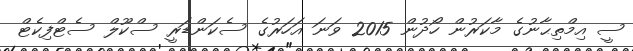
ސީ އިމްތިޙާނުގެ މާކަރުން ހޯދުން 2015 ވަނަ އަހަރުގެ ސެކަންޑަރީ ސްކޫލް ސެޓްފިކެޓް